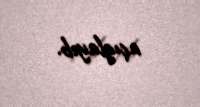
açıqlayıb.